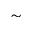
\sim